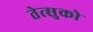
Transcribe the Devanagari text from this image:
तेत्सुको